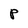
Character: P